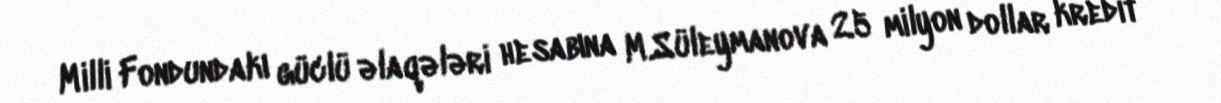
Milli Fondundakı güclü əlaqələri hesabına M.Süleymanova 25 milyon dollar kredit